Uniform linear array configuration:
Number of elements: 32
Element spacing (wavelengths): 0.25
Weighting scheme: cosine
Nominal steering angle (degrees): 45
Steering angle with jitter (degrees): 44.32
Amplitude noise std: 0.05
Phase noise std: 0.05

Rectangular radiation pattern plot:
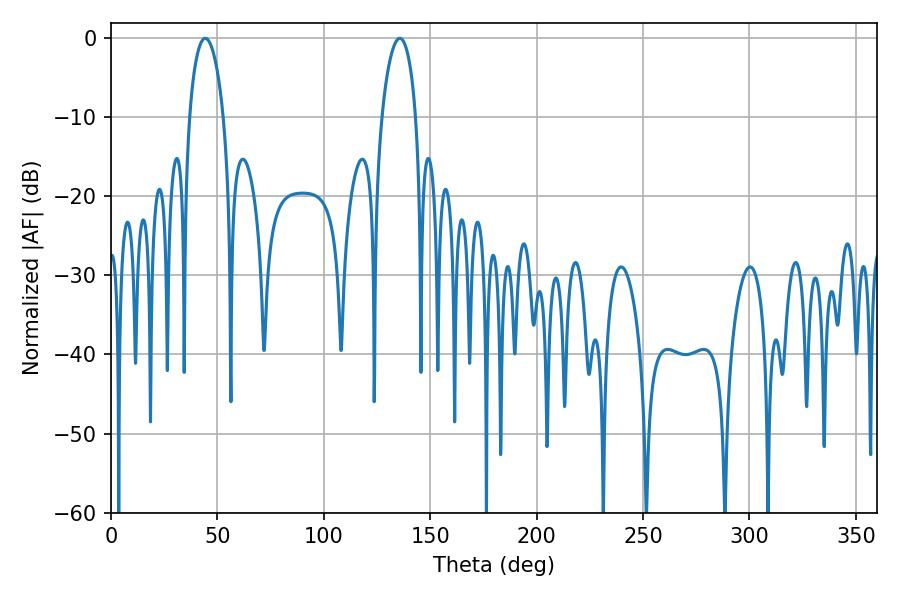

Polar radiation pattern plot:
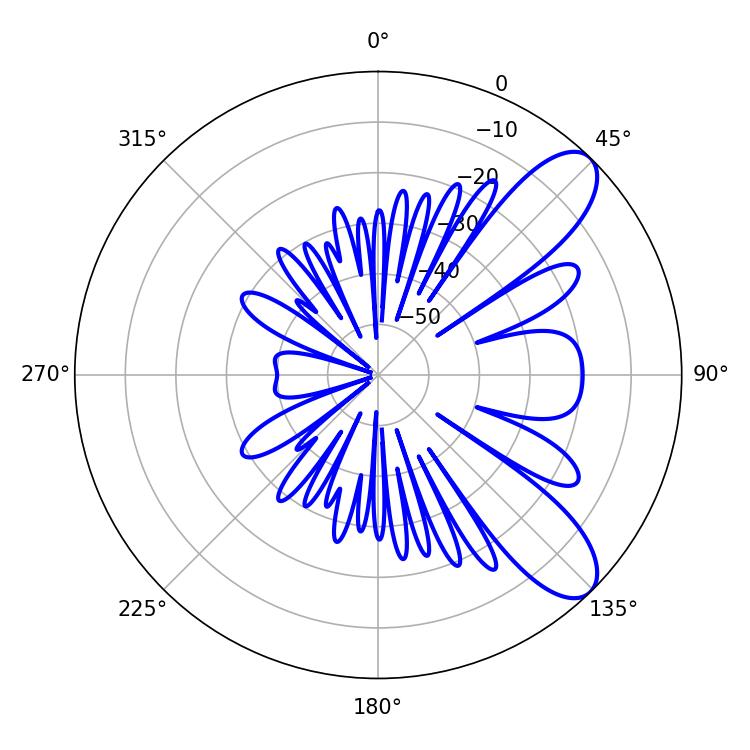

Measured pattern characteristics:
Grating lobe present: FALSE
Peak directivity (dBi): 9.084
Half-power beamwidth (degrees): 9
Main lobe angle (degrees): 44.28